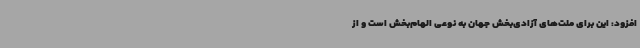
افزود: این برای ملت‌های آزادی‌بخش جهان به نوعی الهام‌بخش است و از